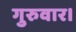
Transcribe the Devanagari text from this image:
गुरुवार।